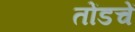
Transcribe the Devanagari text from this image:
तोंडचें